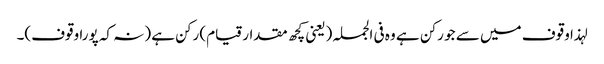
لہذا وقوف میں سے جو رکن ہے وہ فی الجملہ (یعنی کچھ مقدار قیام) رکن ہے (نہ کہ پورا وقوف)۔